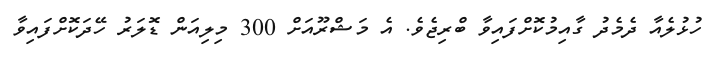
ހުޅުލެއާ ދެމެދު ގާއިމުކޮށްފައިވާ ބްރިޖެވެ. އެ މަޝްރޫއަށް 300 މިލިއަން ޑޮލަރު ހޭދަކޮށްފައިވާ